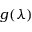
g ( \lambda )